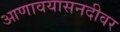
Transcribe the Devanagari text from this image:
आणावयासनदीवर